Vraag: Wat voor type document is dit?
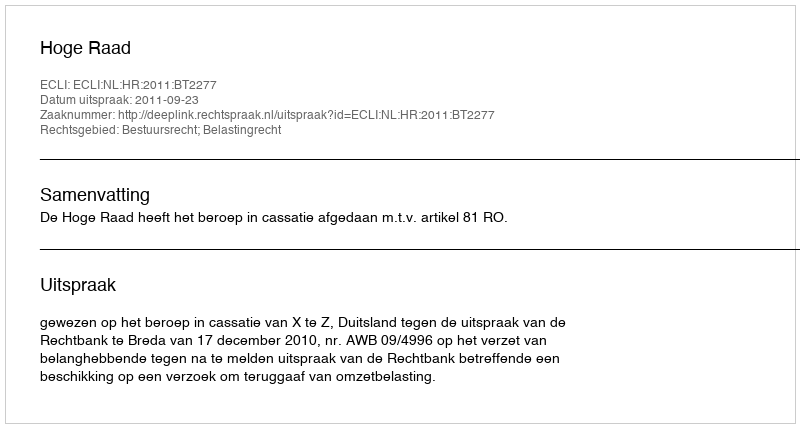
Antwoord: Uitspraak